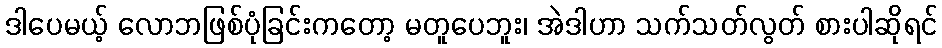
ဒါပေမယ့် လောဘဖြစ်ပုံခြင်းကတော့ မတူပေဘူး၊ အဲဒါဟာ သက်သတ်လွတ် စားပါဆိုရင်